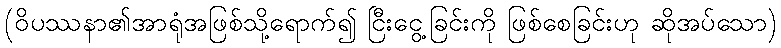
(ဝိပဿနာ၏အာရုံအဖြစ်သို့ရောက်၍ ငြီးငွေ့ခြင်းကို ဖြစ်စေခြင်းဟု ဆိုအပ်သော)